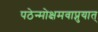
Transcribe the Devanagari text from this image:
पठेन्मोक्षमवाप्नुयात्